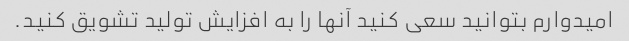
امیدوارم بتوانید سعی کنید آنها را به افزایش تولید تشویق کنید.